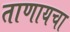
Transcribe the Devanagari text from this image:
ताणायचा